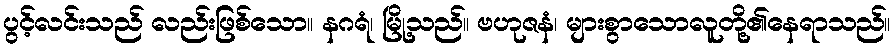
ပွင့်လင်းသည် လည်းဖြစ်သော။ နဂရံ၊ မြို့သည်။ ဗဟုဇနံ၊ များစွာသောလူတို့၏နေရာသည်။